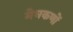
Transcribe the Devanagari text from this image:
मेघकणों